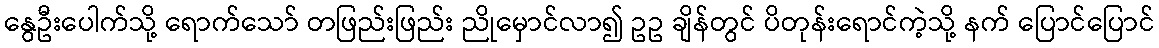
နွေဦးပေါက်သို့ ရောက်သော် တဖြည်းဖြည်း ညိုမှောင်လာ၍ ဥဥ ချိန်တွင် ပိတုန်းရောင်ကဲ့သို့ နက် ပြောင်ပြောင်